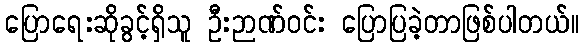
ပြောရေးဆိုခွင့်ရှိသူ ဦးဉာဏ်ဝင်း ပြောပြခဲ့တာဖြစ်ပါတယ်။